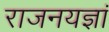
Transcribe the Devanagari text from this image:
राजनयज्ञां